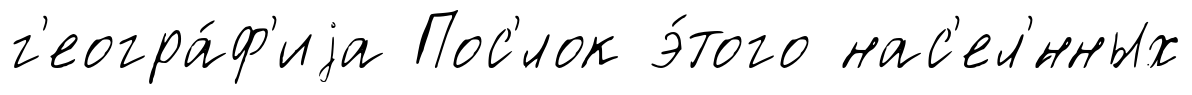
г'еогра́ф'иjа Пос'́лок э́того нас'ел'́нных